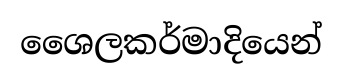
ශෛලකර්මාදියෙන්